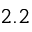
2 . 2